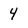
Character: 4